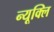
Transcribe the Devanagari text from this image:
न्यूक्लि